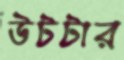
উটটার